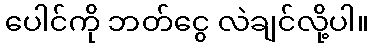
ပေါင်ကို ဘတ်ငွေ လဲချင်လို့ပါ။